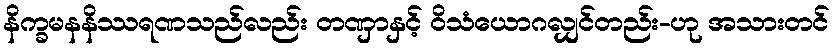
နိက္ခမနနိဿရဏသည်လည်း တဏှာနှင့် ဝိသံယောဂလျှင်တည်း-ဟု အသားတင်